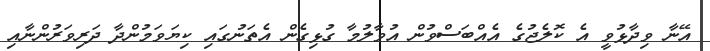
އޭނާ ވިދާޅުވީ އެ ކޮލެޖުގެ އެއްބަސްވުން އުވާލުމާ ގުޅިގެން އެތަނުގައި ކިޔަވަމުންދާ ދަރިވަރުންނާއި